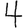
Digit: 4